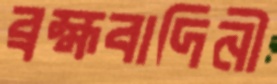
ব্রহ্মবাদিনী